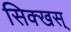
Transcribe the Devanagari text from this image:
सिक्खस्